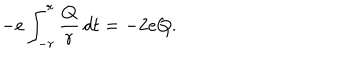
- e \int _ { - r } ^ { r } \frac { Q } { r } \, d t = - 2 e Q .